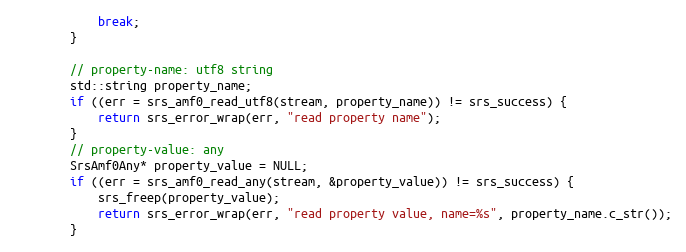
Language: C++
            break;
        }

        // property-name: utf8 string
        std::string property_name;
        if ((err = srs_amf0_read_utf8(stream, property_name)) != srs_success) {
            return srs_error_wrap(err, "read property name");
        }
        // property-value: any
        SrsAmf0Any* property_value = NULL;
        if ((err = srs_amf0_read_any(stream, &property_value)) != srs_success) {
            srs_freep(property_value);
            return srs_error_wrap(err, "read property value, name=%s", property_name.c_str());
        }